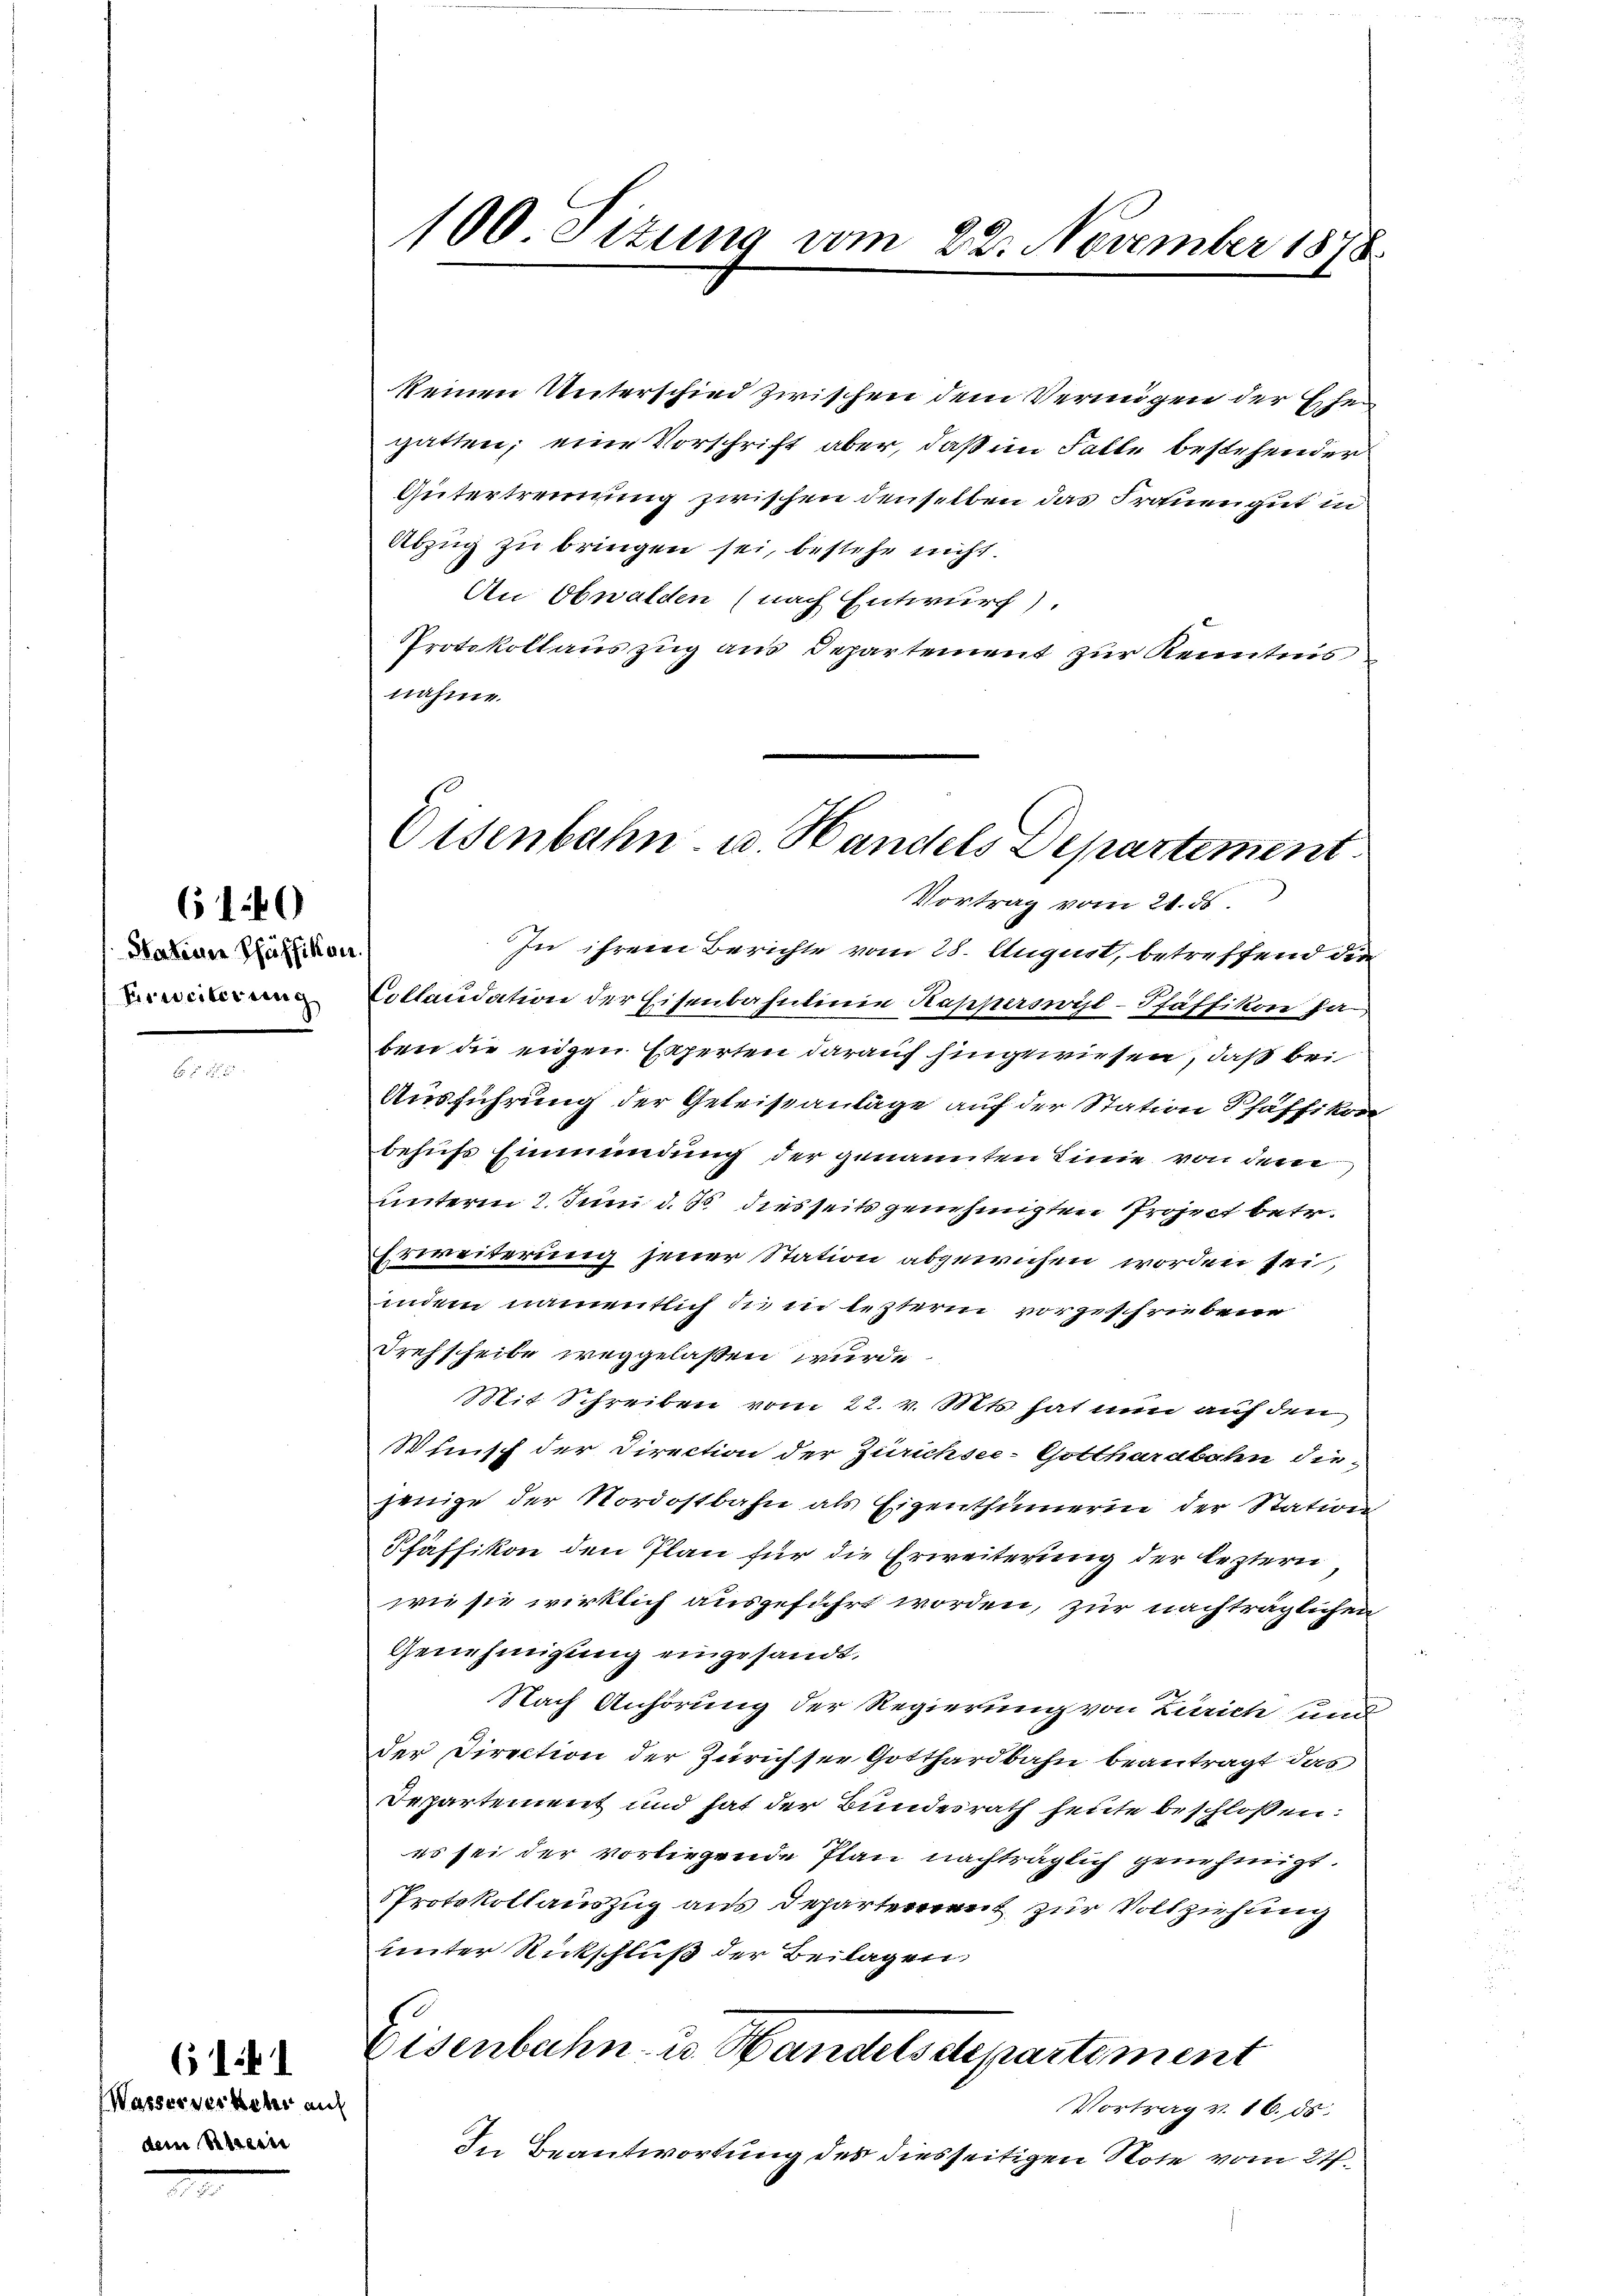
Hateure Pfäffikon.
Erweiterung

(1260

(Wasserverkehr auf
dem Sitzern

611

100 Sizung vom 22. November 1878

keinen Unterschied zwischen dem Vermögen der Eisen
gatten; eine Vorschrift aber, daß im Falle bestehender
Gütertrennung zwischen denselben das Frauengut in
Abzug zu bringen sei, bestehe nicht.
An Obwalden (nach Entwurf).
Protokollauszug aus Departement zur Kenntnis
nahme.
Collaudation der Eisenbahnlinie Kapperswyl-Pfäffikon Ja
ben die eigen Experten darauf hingewiesen, daß bei
Ausführung der Geleiseanlage auf der Station Schäffikon
behufs Einmündung der genannten Linie von dem
unterm 2. Juni d. Js. diesseits genehmigten Project betr.
Erweiterung jener Station abgewichen worden sei,
indem namentlich die in letzterm vorgeschriebene
Drehscheibe weggelassen wurde.
Mit Schreiben vom 22. v. Mts. hat nun auf den
Wünsch der Direction der Zürichsee-Gotthardbahn die-
jenige der Nordostbahn als Eigenthümerin der Station
Pfäffikon den Plan für die Erweiterung der leztern
wie sie wirklich ausgeführt worden, zur nachträglichen
Genehmigung eingesandt.
Nach Anhörung der Regierung von Zürich und
der Direction der Zürichsee Gotthardbahn beantragt das
Departement und hat der Bundesrath heute beschlossen:
es sei der vorliegende Plan nachträglich genehmigt.
Protokollauszug aus Departement zur Vollziehung
unter Rickschluß der Beilagen,
s
Eisenbahn- u. andelsstepartement
Vortrag v. 16. 55.
In Beantwortung des diesseitigen Note vom 27.

Eisenbahn u. Handels Departement
Vortrag vom 21. ds.
In ihrem Berichte vom 28. August, betreffend die